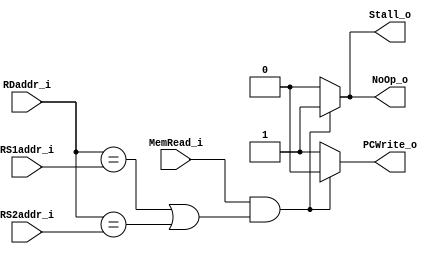
module Hazard_Detection(
    RS1addr_i, 
    RS2addr_i, 
    RDaddr_i, 
    MemRead_i, 
    NoOp_o, 
    Stall_o, 
    PCWrite_o
);

input [4:0] RS1addr_i;
input [4:0] RS2addr_i;
input [4:0] RDaddr_i;
input MemRead_i;
output NoOp_o;
output Stall_o;
output PCWrite_o;

assign NoOp_o = (MemRead_i && ((RDaddr_i == RS1addr_i) || (RDaddr_i == RS2addr_i))) ? 1 : 0; // For control of PC
assign Stall_o = (MemRead_i && ((RDaddr_i == RS1addr_i) || (RDaddr_i == RS2addr_i))) ? 1 : 0; // For control of IF/ID & Instruction Memory
assign PCWrite_o = (MemRead_i && ((RDaddr_i == RS1addr_i) || (RDaddr_i == RS2addr_i))) ? 0 : 1; // For control of Control 


endmodule